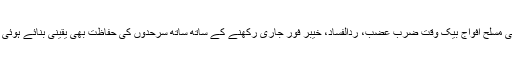
اسکی مسلح افواج بیک وقت ضرب عضب، ردالفساد، خیبر فور جاری رکھنے کے ساتھ ساتھ سرحدوں کی حفاظت بھی یقینی بنائے ہوئی ہیں۔